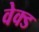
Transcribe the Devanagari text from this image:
वेक्ड